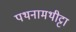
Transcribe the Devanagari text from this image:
पथनामथीट्टा